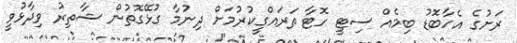
ރަށުގެ އެހާބޮޑު ބިމެއް ސިޓީ ހޮޓާ ތަރައްގީކުރުމަށް ދިނުމާ ގުޅޭގޮތުން ޝާތިރު ވިދާޅުވީ